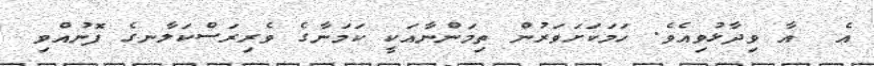
އެ  އާ ވިދާޅުވިއެވެ. ހަމަކަށަވަރުން ތިމަންނާއަކީ ކަމަނާގެ ވެރިރަސްކަލާނގެ ފޮނުއްވި